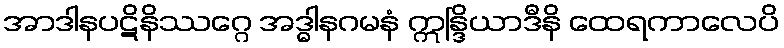
အာဒါနပဋိနိဿဂ္ဂေ အဒ္ဓါနဂမနံ ဣန္ဒြိယာဒီနိ ထေရကာလေပိ